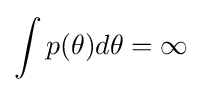
\int {p(\theta )d\theta }=\infty